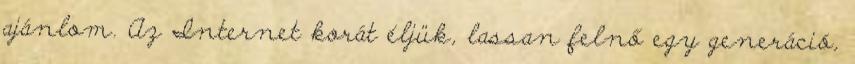
ajánlom. Az Internet korát éljük, lassan felnő egy generáció,